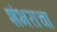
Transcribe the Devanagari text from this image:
शंभराचा